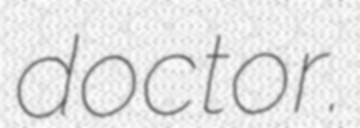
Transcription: doctor.